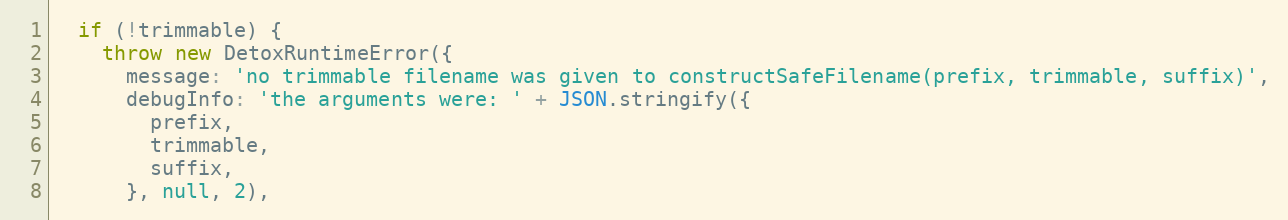
Language: JavaScript
  if (!trimmable) {
    throw new DetoxRuntimeError({
      message: 'no trimmable filename was given to constructSafeFilename(prefix, trimmable, suffix)',
      debugInfo: 'the arguments were: ' + JSON.stringify({
        prefix,
        trimmable,
        suffix,
      }, null, 2),